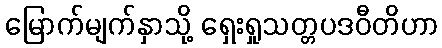
မြောက်မျက်နှာသို့ ရှေးရှုသတ္တပဒဝီတိဟာ